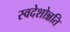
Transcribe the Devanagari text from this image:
स्वदेशोन्नति